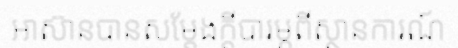
អាស៊ានបានសម្តែងក្តីបារម្ភពីស្ថានការណ៍